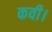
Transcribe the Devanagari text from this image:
कवी।